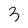
Character: 3